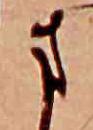
ま